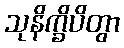
သုနိက္ခိပိတွာ